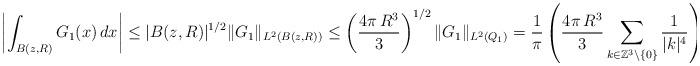
LaTeX: \begin{align*}\left|\int_{B(z,R)}G_1(x)\, dx\right|&\leq |B(z,R)|^{1/2}\|G_1\|_{L^2(B(z,R))}\leq \left(\frac{4\pi\,R^3}{3}\right)^{1/2}\|G_1\|_{L^2(Q_1)}=\frac{1}{\pi}\left(\frac{4\pi\,R^3}{3}\sum_{k\in\mathbb{Z}^3\setminus\{0\}}\frac{1}{|k|^4}\right)^{1/2}.\end{align*}